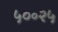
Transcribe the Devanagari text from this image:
५०॰२५